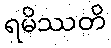
ရမိဿတိ